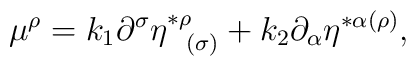
\mu ^{\rho }=k_{1}\partial ^{\sigma }\eta _{\;\;\;(\sigma )}^{*\rho}+k_{2}\partial _{\alpha }\eta ^{*\alpha (\rho )},